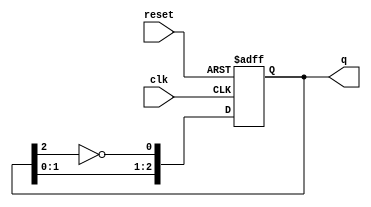
module modified_johnson_counter (
    input wire clk,         // Clock input
    input wire reset,       // Asynchronous reset
    output reg [2:0] q      // 3-bit output
);

    // Sequential logic for Modified Johnson Counter
    always @(posedge clk or posedge reset) begin
        if (reset) begin
            q <= 3'b000;    // Initialize to 000 on reset
        end else begin
            // Modified Johnson Counter logic
            q[0] <= ~q[2];   // First flip-flop takes inverted output of last flip-flop
            q[1] <= q[0];    // Second flip-flop takes output of first flip-flop
            q[2] <= q[1];    // Third flip-flop takes output of second flip-flop
        end
    end

endmodule